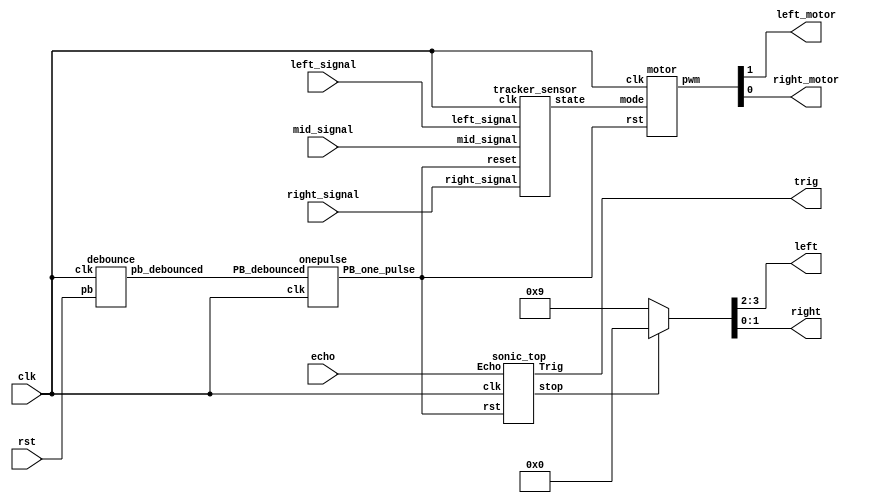
module Top(
    input clk,
    input rst,
    input echo,
    input left_signal,
    input right_signal,
    input mid_signal,
    output trig,
    output left_motor,
    output reg [1:0]left,
    output right_motor,
    output reg [1:0]right
);

    wire Rst_n, rst_pb, stop;
    wire [1:0] motor_pwm, state;
    debounce d0(rst_pb, rst, clk);
    onepulse d1(rst_pb, clk, Rst_n);

    motor A(
        .clk(clk),
        .rst(Rst_n),
        .mode(state),
        .pwm(motor_pwm)
    );

    sonic_top B(
        .clk(clk), 
        .rst(Rst_n), 
        .Echo(echo), 
        .Trig(trig),
        .stop(stop)
    );
    
    tracker_sensor C(
        .clk(clk), 
        .reset(Rst_n), 
        .left_signal(left_signal), 
        .right_signal(right_signal),
        .mid_signal(mid_signal), 
        .state(state)
       );

    always @(*) begin
        // [TO-DO] Use left and right to set your pwm
        if(stop)
            {left, right} = 4'b0000;
        else
            {left, right} = 4'b1001;
    end

    assign {left_motor,right_motor}  = motor_pwm;

endmodule


/*---Motor---*/

module motor(
    input clk,
    input rst,
    input [1 :0]mode,
    output  [1:0]pwm
);

    reg [9:0]next_left_motor, next_right_motor;
    reg [9:0]left_motor, right_motor;
    wire left_pwm, right_pwm;

    parameter LEFT = 2'b00;
    parameter MID = 2'b01;
    parameter RIGHT = 2'b10;

    motor_pwm m0(clk, rst, left_motor, left_pwm);
    motor_pwm m1(clk, rst, right_motor, right_pwm);
    
    always@(posedge clk)begin
        if(rst)begin
            left_motor <= 10'd0;
            right_motor <= 10'd0;
        end else begin
            left_motor <= next_left_motor;
            right_motor <= next_right_motor;
        end
    end

    always@(*) begin
        case(mode)
            LEFT: begin
                next_right_motor = 10'd900;
                next_left_motor  = 10'd0;
            end
            RIGHT:begin
                next_right_motor = 10'd0;
                next_left_motor  = 10'd900;
            end
            MID:  begin
                next_right_motor = 10'd900;
                next_left_motor  = 10'd900;
            end
            default: begin
                next_right_motor = 10'd0;
                next_left_motor  = 10'd0;
            end
        endcase
    end
    
    // [TO-DO] take the right speed for different situation


    assign pwm = {left_pwm, right_pwm};
endmodule

module motor_pwm (
    input clk,
    input reset,
    input [9:0]duty,
	output pmod_1 //PWM
);
        
    PWM_gen pwm_0 ( 
        .clk(clk), 
        .reset(reset), 
        .freq(32'd25000),
        .duty(duty), 
        .PWM(pmod_1)
    );

endmodule

//generte PWM by input frequency & duty
module PWM_gen (
    input wire clk,
    input wire reset,
	input [31:0] freq,
    input [9:0] duty,
    output reg PWM
);
    wire [31:0] count_max = 32'd100_000_000 / freq;
    wire [31:0] count_duty = count_max * duty / 32'd1024;
    reg [31:0] count;
        
    always @(posedge clk, posedge reset) begin
        if (reset) begin
            count <= 32'b0;
            PWM <= 1'b0;
        end else if (count < count_max) begin
            count <= count + 32'd1;
            if(count < count_duty)
                PWM <= 1'b1;
            else
                PWM <= 1'b0;
        end else begin
            count <= 32'b0;
            PWM <= 1'b0;
        end
    end
endmodule


/*---Tracker (Black and White detector)---*/

module tracker_sensor(clk, reset, left_signal, right_signal, mid_signal, state);
    input clk;
    input reset;
    input left_signal, right_signal, mid_signal;
    output reg [1:0] state;
    reg [1:0] next_state;

    // [TO-DO] Receive three signals and make your own policy.
    // Hint: You can use output state to change your action.

    parameter LEFT = 2'b00;
    parameter MID = 2'b01;
    parameter RIGHT = 2'b10;
    // parameter OTHER = 2'b11;

    always@(posedge clk) begin
        if(reset) begin
            state <= MID;
        end
        else begin
            state <= next_state;
        end
    end

    always@(*) begin //1 for white, 0 for black
        case({left_signal, mid_signal, right_signal})
            3'b000: next_state = state;
            3'b001: next_state = RIGHT;
            3'b010: next_state = MID;
            3'b011: next_state = RIGHT;
            3'b100: next_state = LEFT;
            3'b101: next_state = state;
            3'b110: next_state = LEFT;
            3'b111: next_state = MID;
            default: next_state = state;
        endcase
    end

endmodule


/*---Sonic (Ultra Sound) (distance detector)---*/
module sonic_top(clk, rst, Echo, Trig, stop);
	input clk, rst, Echo;
	output Trig, stop;

	wire[19:0] dis;
	wire[19:0] d;
    wire clk1M;
	wire clk_2_17;

    div clk1(clk ,clk1M); //0~50 -> 1, 51~100 -> 0.
	TrigSignal u1(.clk(clk), .rst(rst), .trig(Trig)); //trig signal -> set 10us -> send ultra sound (8 clk)
	PosCounter u2(.clk(clk1M), .rst(rst), .echo(Echo), .distance_count(dis)); // echo signal -> recv ultra sound

    // [TO-DO] calculate the right distance to trig stop(triggered when the distance is lower than 40 cm)
    // Hint: using "dis"
    assign stop = (dis < 4100) ? 1 : 0; //dis mm unit
 
endmodule

module PosCounter(clk, rst, echo, distance_count); 
    input clk, rst, echo;
    output[19:0] distance_count;

    parameter S0 = 2'b00;
    parameter S1 = 2'b01; 
    parameter S2 = 2'b10;
    
    wire start, finish;
    reg[1:0] curr_state, next_state;
    reg echo_reg1, echo_reg2;
    reg[19:0] count, next_count, distance_register, next_distance;
    wire[19:0] distance_count; 

    always@(posedge clk) begin
        if(rst) begin
            echo_reg1 <= 1'b0;
            echo_reg2 <= 1'b0;
            count <= 20'b0;
            distance_register <= 20'b0;
            curr_state <= S0;
        end
        else begin
            echo_reg1 <= echo;   
            echo_reg2 <= echo_reg1; 
            count <= next_count;
            distance_register <= next_distance;
            curr_state <= next_state;
        end
    end

    always @(*) begin
        case(curr_state)
            S0: begin
                next_distance = distance_register;
                if (start) begin
                    next_state = S1;
                    next_count = count;
                end else begin
                    next_state = curr_state;
                    next_count = 20'b0;
                end 
            end
            S1: begin
                next_distance = distance_register;
                if (finish) begin
                    next_state = S2;
                    next_count = count;
                end else begin
                    next_state = curr_state;
                    next_count = count + 1'b1;
                end 
            end
            S2: begin
                next_distance = count;
                next_count = 20'b0;
                next_state = S0;
            end
            default: begin
                next_distance = 20'b0;
                next_count = 20'b0;
                next_state = S0;
            end
        endcase
    end

    assign distance_count = distance_register * 20'd100 / 20'd58; 
    assign start = echo_reg1 & ~echo_reg2;  
    assign finish = ~echo_reg1 & echo_reg2; 
endmodule

module TrigSignal(clk, rst, trig);
    input clk, rst;
    output trig;

    reg trig, next_trig;
    reg[23:0] count, next_count;

    always @(posedge clk, posedge rst) begin
        if (rst) begin
            count <= 24'b0;
            trig <= 1'b0;
        end
        else begin
            count <= next_count;
            trig <= next_trig;
        end
    end

    always @(*) begin
        next_trig = trig;
        next_count = count + 1'b1;
        if(count == 24'd999)
            next_trig = 1'b0;
        else if(count == 24'd9999999) begin
            next_trig = 1'b1;
            next_count = 24'd0;
        end
    end
endmodule



module div(clk ,out_clk);
    input clk;
    output out_clk;
    reg out_clk;
    reg [6:0]cnt;
    
    always @(posedge clk) begin   
        if(cnt < 7'd50) begin
            cnt <= cnt + 1'b1;
            out_clk <= 1'b1;
        end 
        else if(cnt < 7'd100) begin
	        cnt <= cnt + 1'b1;
	        out_clk <= 1'b0;
        end
        else if(cnt == 7'd100) begin
            cnt <= 7'b0;
            out_clk <= 1'b1;
        end
        else begin 
            cnt <= 7'b0;
            out_clk <= 1'b1;
        end
    end
endmodule

module debounce (pb_debounced, pb, clk);
    output pb_debounced; 
    input pb;
    input clk;
    reg [4:0] DFF;
    
    always @(posedge clk) begin
        DFF[4:1] <= DFF[3:0];
        DFF[0] <= pb; 
    end
    assign pb_debounced = (&(DFF)); 
endmodule

module onepulse (PB_debounced, clk, PB_one_pulse);
    input PB_debounced;
    input clk;
    output reg PB_one_pulse;
    reg PB_debounced_delay;

    always @(posedge clk) begin
        PB_one_pulse <= PB_debounced & (! PB_debounced_delay);
        PB_debounced_delay <= PB_debounced;
    end 
endmodule